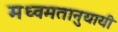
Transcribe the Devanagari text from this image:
मध्वमतानुयायी